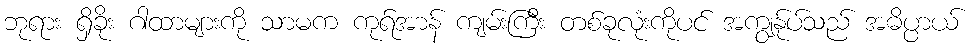
ဘုရား ရှိခိုး ဂါထာများကို သာမက ကုရ်အာန် ကျမ်းကြီး တစ်ခုလုံးကိုပင် အကျွန်ုပ်သည် အဓိပ္ပာယ်